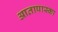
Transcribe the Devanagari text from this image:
आतापास्का